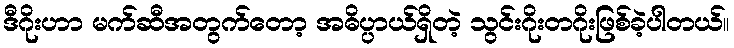
ဒီဂိုးဟာ မက်ဆီအတွက်တော့ အဓိပ္ပာယ်ရှိတဲ့ သွင်းဂိုးတဂိုးဖြစ်ခဲ့ပါတယ်။